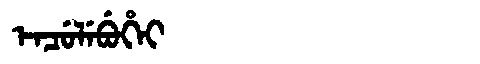
Manchu: ᡝᠨᠴᡠᠯᡝᠪᡠᡥᡝᡳ
Romanization: ENCULEBUHEI